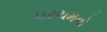
પરચમનો